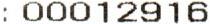
: 00012916